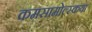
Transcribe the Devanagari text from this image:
कमसामोल्स्कया